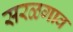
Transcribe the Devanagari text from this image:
सरळगाव